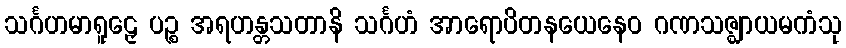
သင်္ဂဟမာရူဠှေ ပဉ္စ အရဟန္တသတာနိ သင်္ဂဟံ အာရောပိတနယေနေဝ ဂဏသဇ္ဈာယမကံသု